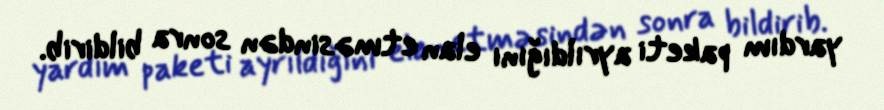
yardım paketi ayrıldığını elan etməsindən sonra bildirib.